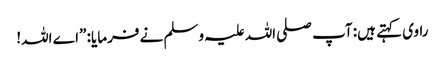
راوی کہتے ہیں: آپ صلی اللہ علیہ وسلم نے فرمایا: ”اے اللہ!